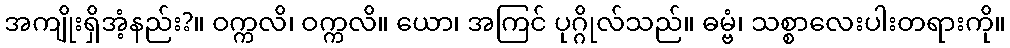
အကျိုးရှိအံ့နည်း?။ ဝက္ကလိ၊ ဝက္ကလိ။ ယော၊ အကြင် ပုဂ္ဂိုလ်သည်။ ဓမ္ဗံ၊ သစ္စာလေးပါးတရားကို။